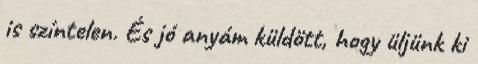
is színtelen. És jó anyám küldött, hogy üljünk ki